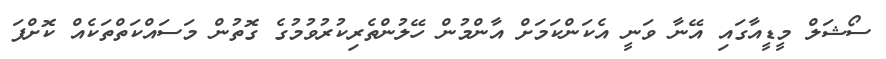
ސޯޝަލް މީޑީއާގައި އޭނާ ވަނީ އެކަންކަމަށް އާންމުން ހޭލުންތެރިކުރުވުމުގެ ގޮތުން މަސައްކަތްތަކެއް ކޮށްފަ